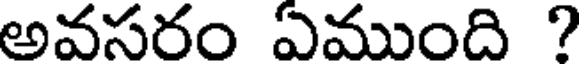
అవసరం ఏముంది ?